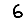
Digit: 6